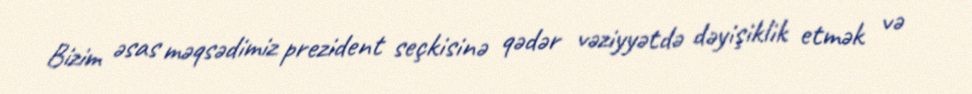
Bizim əsas məqsədimiz prezident seçkisinə qədər vəziyyətdə dəyişiklik etmək və